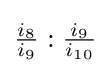
{\tfrac {i_{8}}{i_{9}}}:{\tfrac {i_{9}}{i_{10}}}